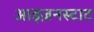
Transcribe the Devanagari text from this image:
आइज़नस्टाट